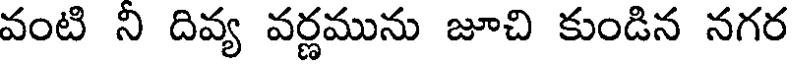
వంటి ని దివ్య వర్ణమును జూచి కుండిన నగర